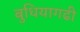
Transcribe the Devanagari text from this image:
बुधियागढी